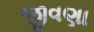
જીવણા